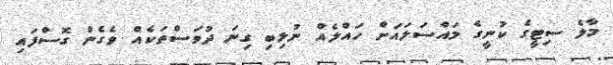
މާލެ ސިޓީގެ ކުނީގެ މައްސަލައަށް ހައްލެއް ނުލިބި ގިނަ ދުވަސްތަކެއް ވެގެން ގޮސްފައި